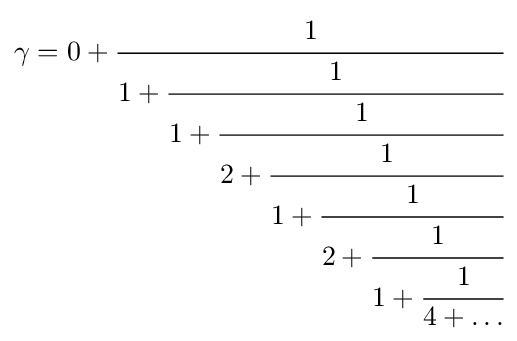
\gamma =0+{\cfrac {1}{1+{\cfrac {1}{1+{\cfrac {1}{2+{\cfrac {1}{1+{\cfrac {1}{2+{\cfrac {1}{1+{\cfrac {1}{4+\dots }}}}}}}}}}}}}}